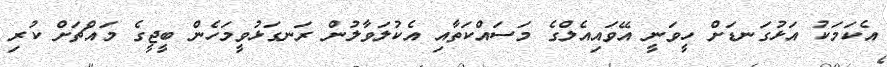
އެކަމަކު އަޅުގަނޑަށް ހީވަނީ އޭވައިއެލްގެ މަސައްކަތާއި އެކުލަވާލުން ރަނގަޅުވީމަހެން ބީޖީގެ މައްޗަށް ކުރި